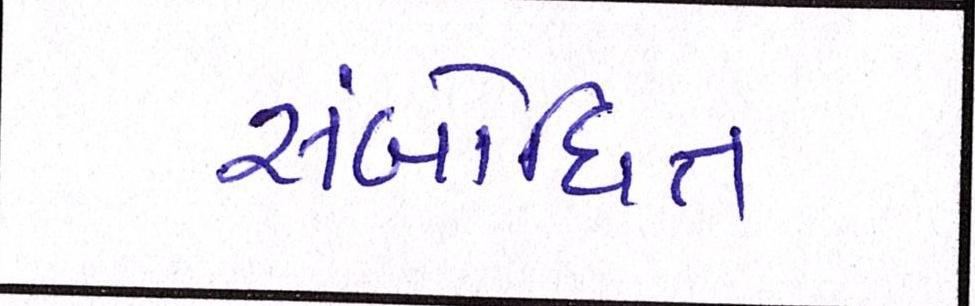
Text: સંબોધિત